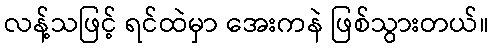
လန့်သဖြင့် ရင်ထဲမှာ အေးကနဲ ဖြစ်သွားတယ်။